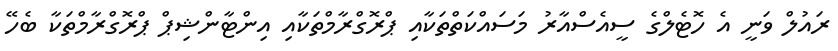
ރައުލް ވަނީ އެ ހޮޓެލްގެ ސީއެސްއާރު މަސައްކަތްތަކާއި ޕްރޮގްރާމްތަކާއި އިންޓާންޝިޕް ޕްރޮގްރާމްތަކާ ބެހޭ